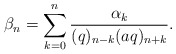
\begin{align*} \beta_n = \sum_{k=0}^n \frac{\alpha_k}{(q)_{n-k}(aq)_{n+k}}.\end{align*}